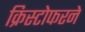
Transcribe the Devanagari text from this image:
क्रिस्टोफरने